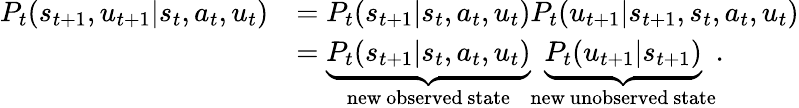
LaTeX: \begin{array}{rl}{P_{t}(s_{t+1},u_{t+1}|s_{t},a_{t},u_{t})}&{=P_{t}(s_{t+1}|s_{t},a_{t},u_{t})P_{t}(u_{t+1}|s_{t+1},s_{t},a_{t},u_{t})}\\ &{=\underbrace{P_{t}(s_{t+1}|s_{t},a_{t},u_{t})}_{\mathrm{new~observed~state}}\underbrace{P_{t}(u_{t+1}|s_{t+1})}_{\mathrm{new~unobserved~state}}.}\end{array}